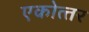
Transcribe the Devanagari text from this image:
एकोत्‍तर